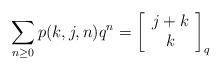
LaTeX: \begin{align*}\sum_{n\geq 0}p(k, j, n)q^n=\left[\begin{array}{c}j+k\\ k\end{array}\right]_q\end{align*}